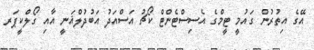
އޭގެ އިތުރުން ގައުމީ ޓީމްގެ އެސިސްޓެންޓް ކޯޗު އަސްއަދު އަބުދުލްޣަނީ އާއި ގޯލްކީޕަރ